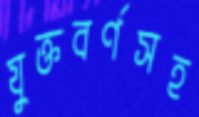
যুক্তবর্ণসহ